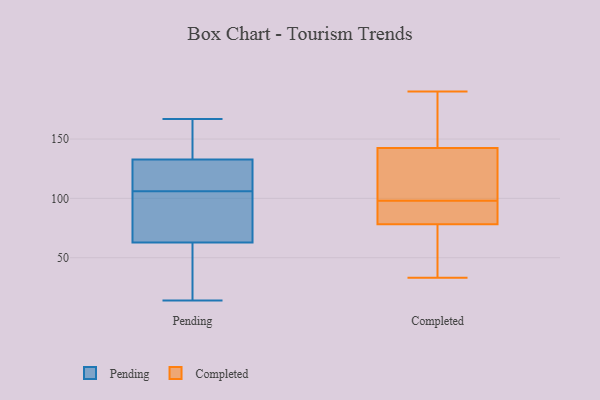
{"axis": {"x": "Shipments", "y": "Value"}, "legend": ["Completed", "Pending"], "data": [{"x": "", "y": 161, "type": "Pending"}, {"x": "", "y": 107, "type": "Pending"}, {"x": "", "y": 135, "type": "Pending"}, {"x": "", "y": 14, "type": "Pending"}, {"x": "", "y": 106, "type": "Pending"}, {"x": "", "y": 126, "type": "Pending"}, {"x": "", "y": 103, "type": "Pending"}, {"x": "", "y": 35, "type": "Pending"}, {"x": "", "y": 167, "type": "Pending"}, {"x": "", "y": 61, "type": "Pending"}, {"x": "", "y": 68, "type": "Pending"}, {"x": "", "y": 190, "type": "Completed"}, {"x": "", "y": 144, "type": "Completed"}, {"x": "", "y": 98, "type": "Completed"}, {"x": "", "y": 99, "type": "Completed"}, {"x": "", "y": 85, "type": "Completed"}, {"x": "", "y": 142, "type": "Completed"}, {"x": "", "y": 33, "type": "Completed"}, {"x": "", "y": 183, "type": "Completed"}, {"x": "", "y": 58, "type": "Completed"}, {"x": "", "y": 115, "type": "Completed"}, {"x": "", "y": 86, "type": "Completed"}, {"x": "", "y": 86, "type": "Completed"}, {"x": "", "y": 37, "type": "Completed"}]}